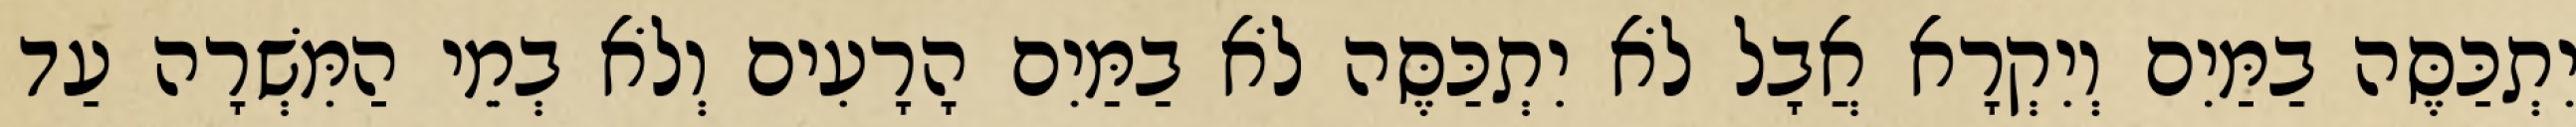
יִתְכַּסֶּה בַמַּיִם וְיִקְרָא אֲבָל לֹא יִתְכַּסֶּה לֹא בַמַּיִם הָרָעִים וְלֹא בְמֵי הַמִּשְׁרָה עַד